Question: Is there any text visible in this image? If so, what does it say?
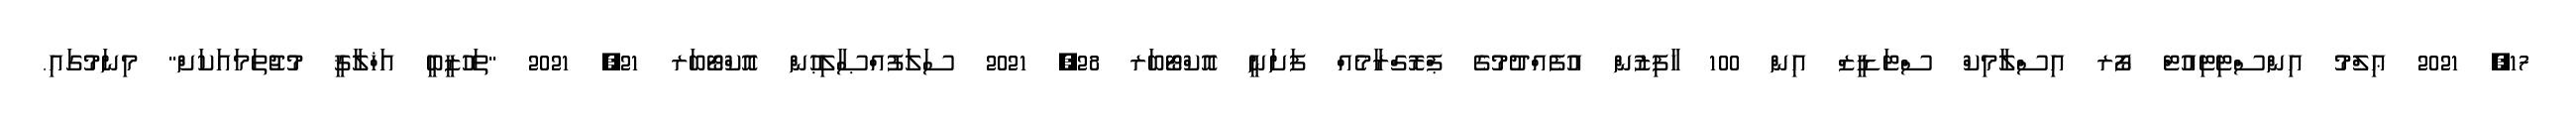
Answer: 17, 2021 ޢިލްމު އިންސްޓިޓިއުޓް ފޯރ އިސްލާމިކް ސްޓަޑީޒް އިން 100 ހާފިޒުން އުފެއްދުމުގެ ޕްރޮގްރާމެއް ފަށަނީ އޮކްޓޯބަރ 28, 2021 ސަލަފުއްޞާލިޙުން އޮކްޓޯބަރ 21, 2021 "ތަހުޒީބީ އަޚްލާޤީ މުޖުތަމައަކަށް" މިނަމުގައި.